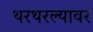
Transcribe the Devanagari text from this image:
थरथरल्यावर